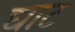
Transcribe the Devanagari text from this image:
घाट